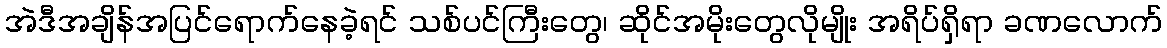
အဲဒီအချိန်အပြင်ရောက်နေခဲ့ရင် သစ်ပင်ကြီးတွေ၊ ဆိုင်အမိုးတွေလိုမျိုး အရိပ်ရှိရာ ခဏလောက်